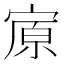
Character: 𰍏